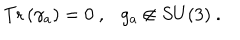
\mathrm { T r } \left( \gamma _ { a } \right) = 0 ~ , g _ { a } \not \in S U ( 3 ) ~ .